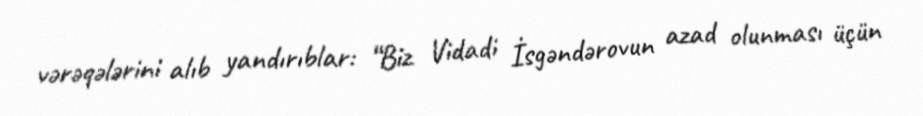
vərəqələrini alıb yandırıblar: “Biz Vidadi İsgəndərovun azad olunması üçün